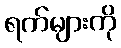
ရက်များကို